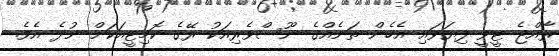
ރާއްޖެ ޓީވީ ފިޔަވައި އެހެން ތަނެއްގެ ނޫސްވެރިއަކު ރޭގެ ކޮމިޓީއަކަށް ނުދެ އެވެ.